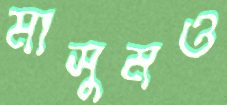
মাসুমও